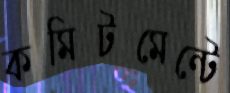
কমিটমেন্টে